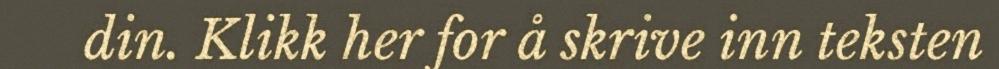
din. Klikk her for å skrive inn teksten